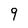
Character: q